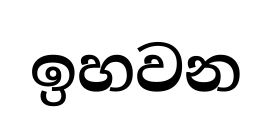
ඉහවන